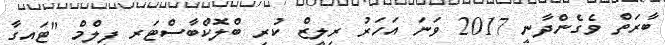
ބާރަތް ވެގެންދާނީ 2017 ވަނަ އަހަރު ރިލީޒް ކުރި ބްލޮކްބާސްޓަރ ފިލްމް "ޓައިގާ